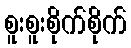
စူးစူးစိုက်စိုက်